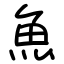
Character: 魚